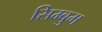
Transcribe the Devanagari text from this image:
सिम्बुम